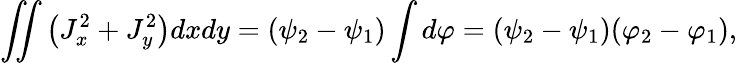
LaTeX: \iint\left(J_{x}^{2}+J_{y}^{2}\right)dxdy=(\psi_{2}-\psi_{1})\int d\varphi=(\psi_{2}-\psi_{1})(\varphi_{2}-\varphi_{1}),